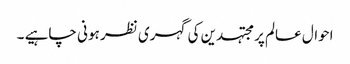
احوال عالم پر مجتہدین کی گہری نظر ہونی چاہیے ۔